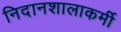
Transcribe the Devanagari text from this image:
निदानशालाकर्मी